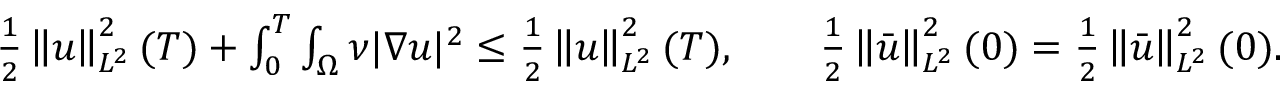
\begin{array} { r } { \frac 1 2 \left\lVert u \right\rVert _ { L ^ { 2 } } ^ { 2 } ( T ) + \int _ { 0 } ^ { T } \int _ { \Omega } \nu | \nabla u | ^ { 2 } \le \frac 1 2 \left\lVert u \right\rVert _ { L ^ { 2 } } ^ { 2 } ( T ) , \qquad \frac 1 2 \left\lVert \bar { u } \right\rVert _ { L ^ { 2 } } ^ { 2 } ( 0 ) = \frac 1 2 \left\lVert \bar { u } \right\rVert _ { L ^ { 2 } } ^ { 2 } ( 0 ) . } \end{array}